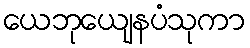
ယေဘုယျေနပံသုကာ